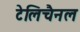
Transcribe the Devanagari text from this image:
टेलिचैनल